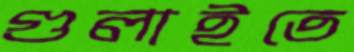
গুলাইতে